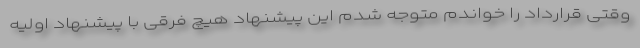
وقتی قرارداد را خواندم متوجه شدم این پیشنهاد هیچ فرقی با پیشنهاد اولیه